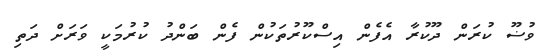
ވުޟޫ ކުރަން ދޫކުރާ އެފެން އިސްކޫރުތަކުން ފެން ބަންދު ކުރުމަކީ ވަރަށް ދަތި